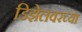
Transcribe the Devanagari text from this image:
डिझेलवरच्या